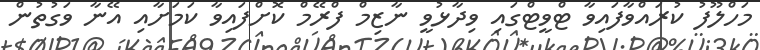
މަހްލޫފު ކުރައްވާފައިވާ ޓްވީޓްގައި ވިދާޅުވީ ނާޒިމް ފްރޭމް ކޮށްފައިވާ ކަމަށާއި އޭނާ ވަގުތުން